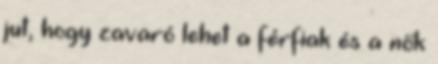
jut, hogy zavaró lehet a férfiak és a nők